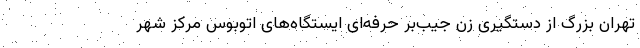
تهران بزرگ از دستگیری زن جیب‌بر حرفه‌ای ایستگاه‌های اتوبوس مرکز شهر